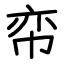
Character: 帟